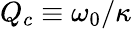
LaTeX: Q_{c}\equiv\omega_{0}/\kappa